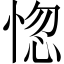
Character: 惚